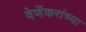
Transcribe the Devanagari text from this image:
वेर्णेकरांच्या